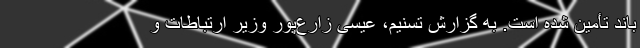
باند تأمین شده است. به گزارش تسنیم، عیسی زارع‌پور وزیر ارتباطات و